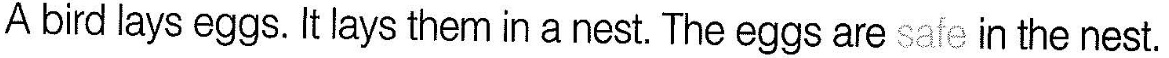
A bird lays eggs. It lays them in a nest. The eggs are safe in the nest.